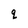
Character: q